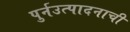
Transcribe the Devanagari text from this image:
पुर्नउत्पादनाची